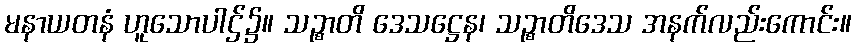
မနာယတနံ ဟူသောပါဌ်၌။ သဉ္စာတိ ဒေသဋ္ဌေန၊ သဉ္စာတိဒေသ အနက်လည်းကောင်း။